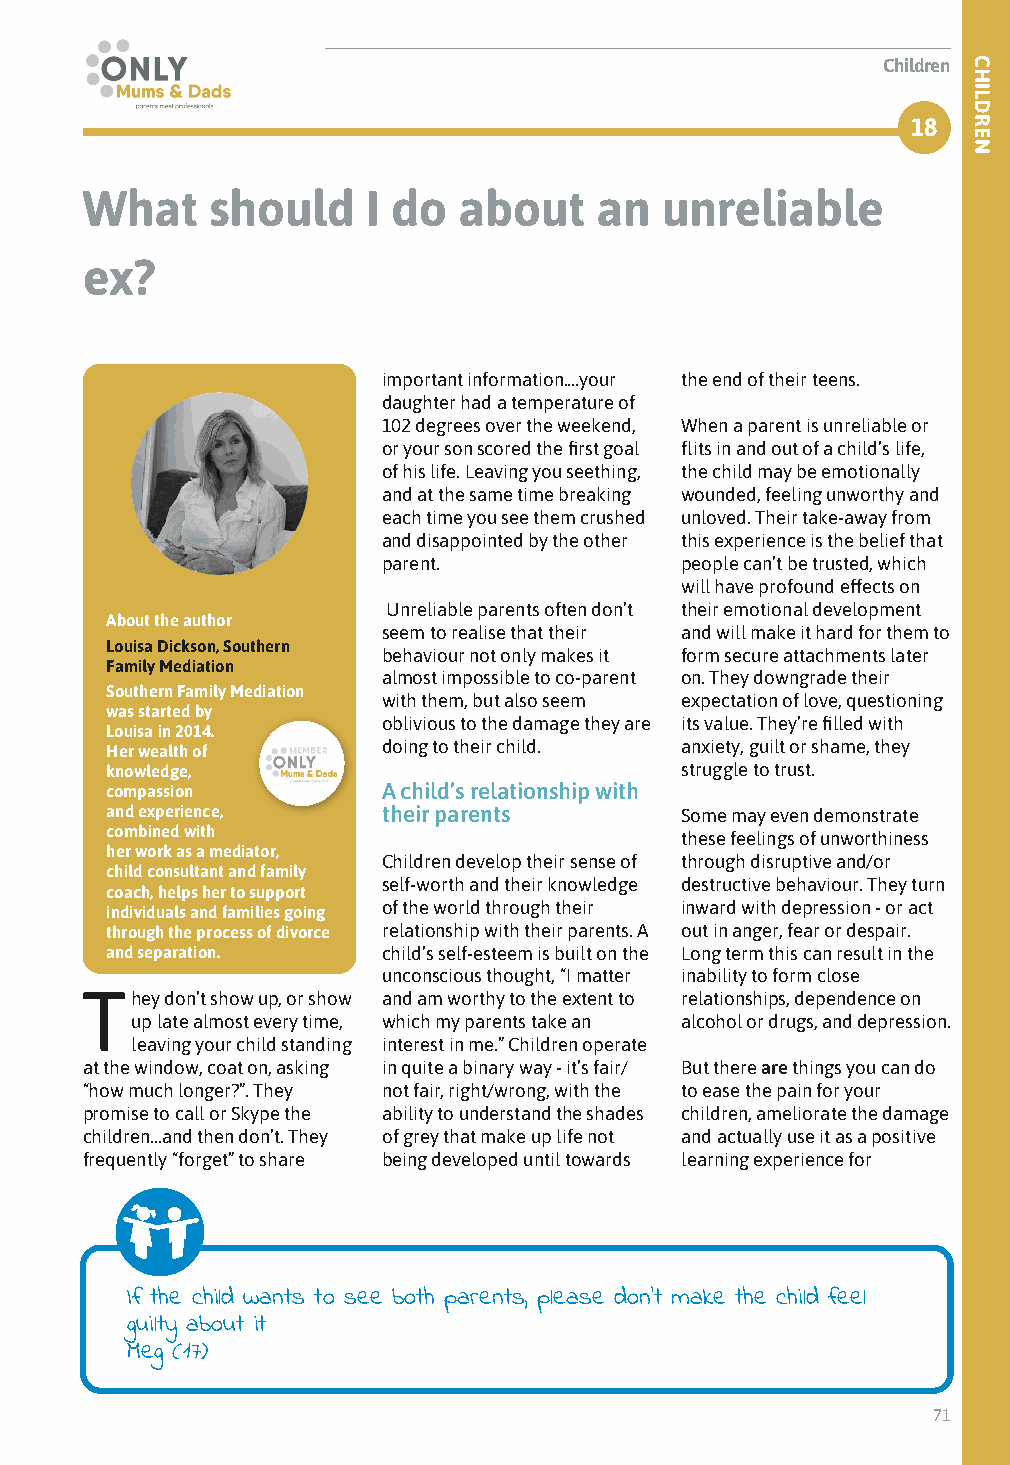
Children
 18
 What     should    I do  about    an   unreliable
 ex?
 important information....your the end of their teens.
 daughter had a temperature of
 102 degrees over the weekend, When a parent is unreliable or
 or your son scored the first goal flits in and out of a child’s life,
 of his life. Leaving you seething, the child may be emotionally
 and at the same time breaking wounded, feeling unworthy and
 each time you see them crushed unloved. Their take-away from
 and disappointed by the other this experience is the belief that
 parent.             people can’t be trusted, which
 will have profound effects on
 Unreliable parents often don’t their emotional development
 About the author
 seem to realise that their and will make it hard for them to
 Louisa Dickson, Southern
 behaviour not only makes it form secure attachments later
 Family Mediation
 almost impossible to co-parent on. They downgrade their
 Southern Family Mediation
 with them, but also seem expectation of love, questioning
 was started by
 oblivious to the damage they are its value. They’re filled with
 Louisa in 2014.
 Her wealth of     doing to their child. anxiety, guilt or shame, they
 knowledge,                            struggle to trust.
 compassion        A child’s relationship with
 and experience,   their parents       Some may even demonstrate
 combined with                         these feelings of unworthiness
 her work as a mediator,
 Children develop their sense of through disruptive and/or
 child consultant and family
 self-worth and their knowledge destructive behaviour. They turn
 coach, helps her to support
 individuals and families going of the world through their inward with depression - or act
 through the process of divorce relationship with their parents. A out in anger, fear or despair.
 and separation.   child’s self-esteem is built on the Long term this can result in the
 unconscious thought, “I matter inability to form close
 They  don’t show up, or show and am worthy to the extent to relationships, dependence on
 up late almost every time, which my parents take an alcohol or drugs, and depression.
 leaving your child standing interest in me.” Children operate
 at the window, coat on, asking in quite a binary way - it’s fair/ But there are things you can do
 “how much longer?”. They not fair, right/wrong, with the to ease the pain for your
 promise to call or Skype the ability to understand the shades children, ameliorate the damage
 children…and then don’t. They of grey that make up life not and actually use it as a positive
 frequently “forget” to share being developed until towards learning experience for
 If the child wants to see both parents, please don’t make the child feel
 guilty about it
 Meg (17)
 71
 CHILDREN